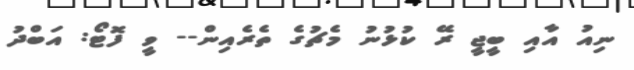
ނިއު އާއި ބީޖީ ރޭ ކުޅުނު މެޗުގެ ތެރެއިން-- ވީ ފޮޓޯ: އަބްދު